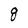
Character: g